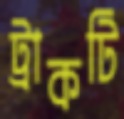
ট্রাকটি